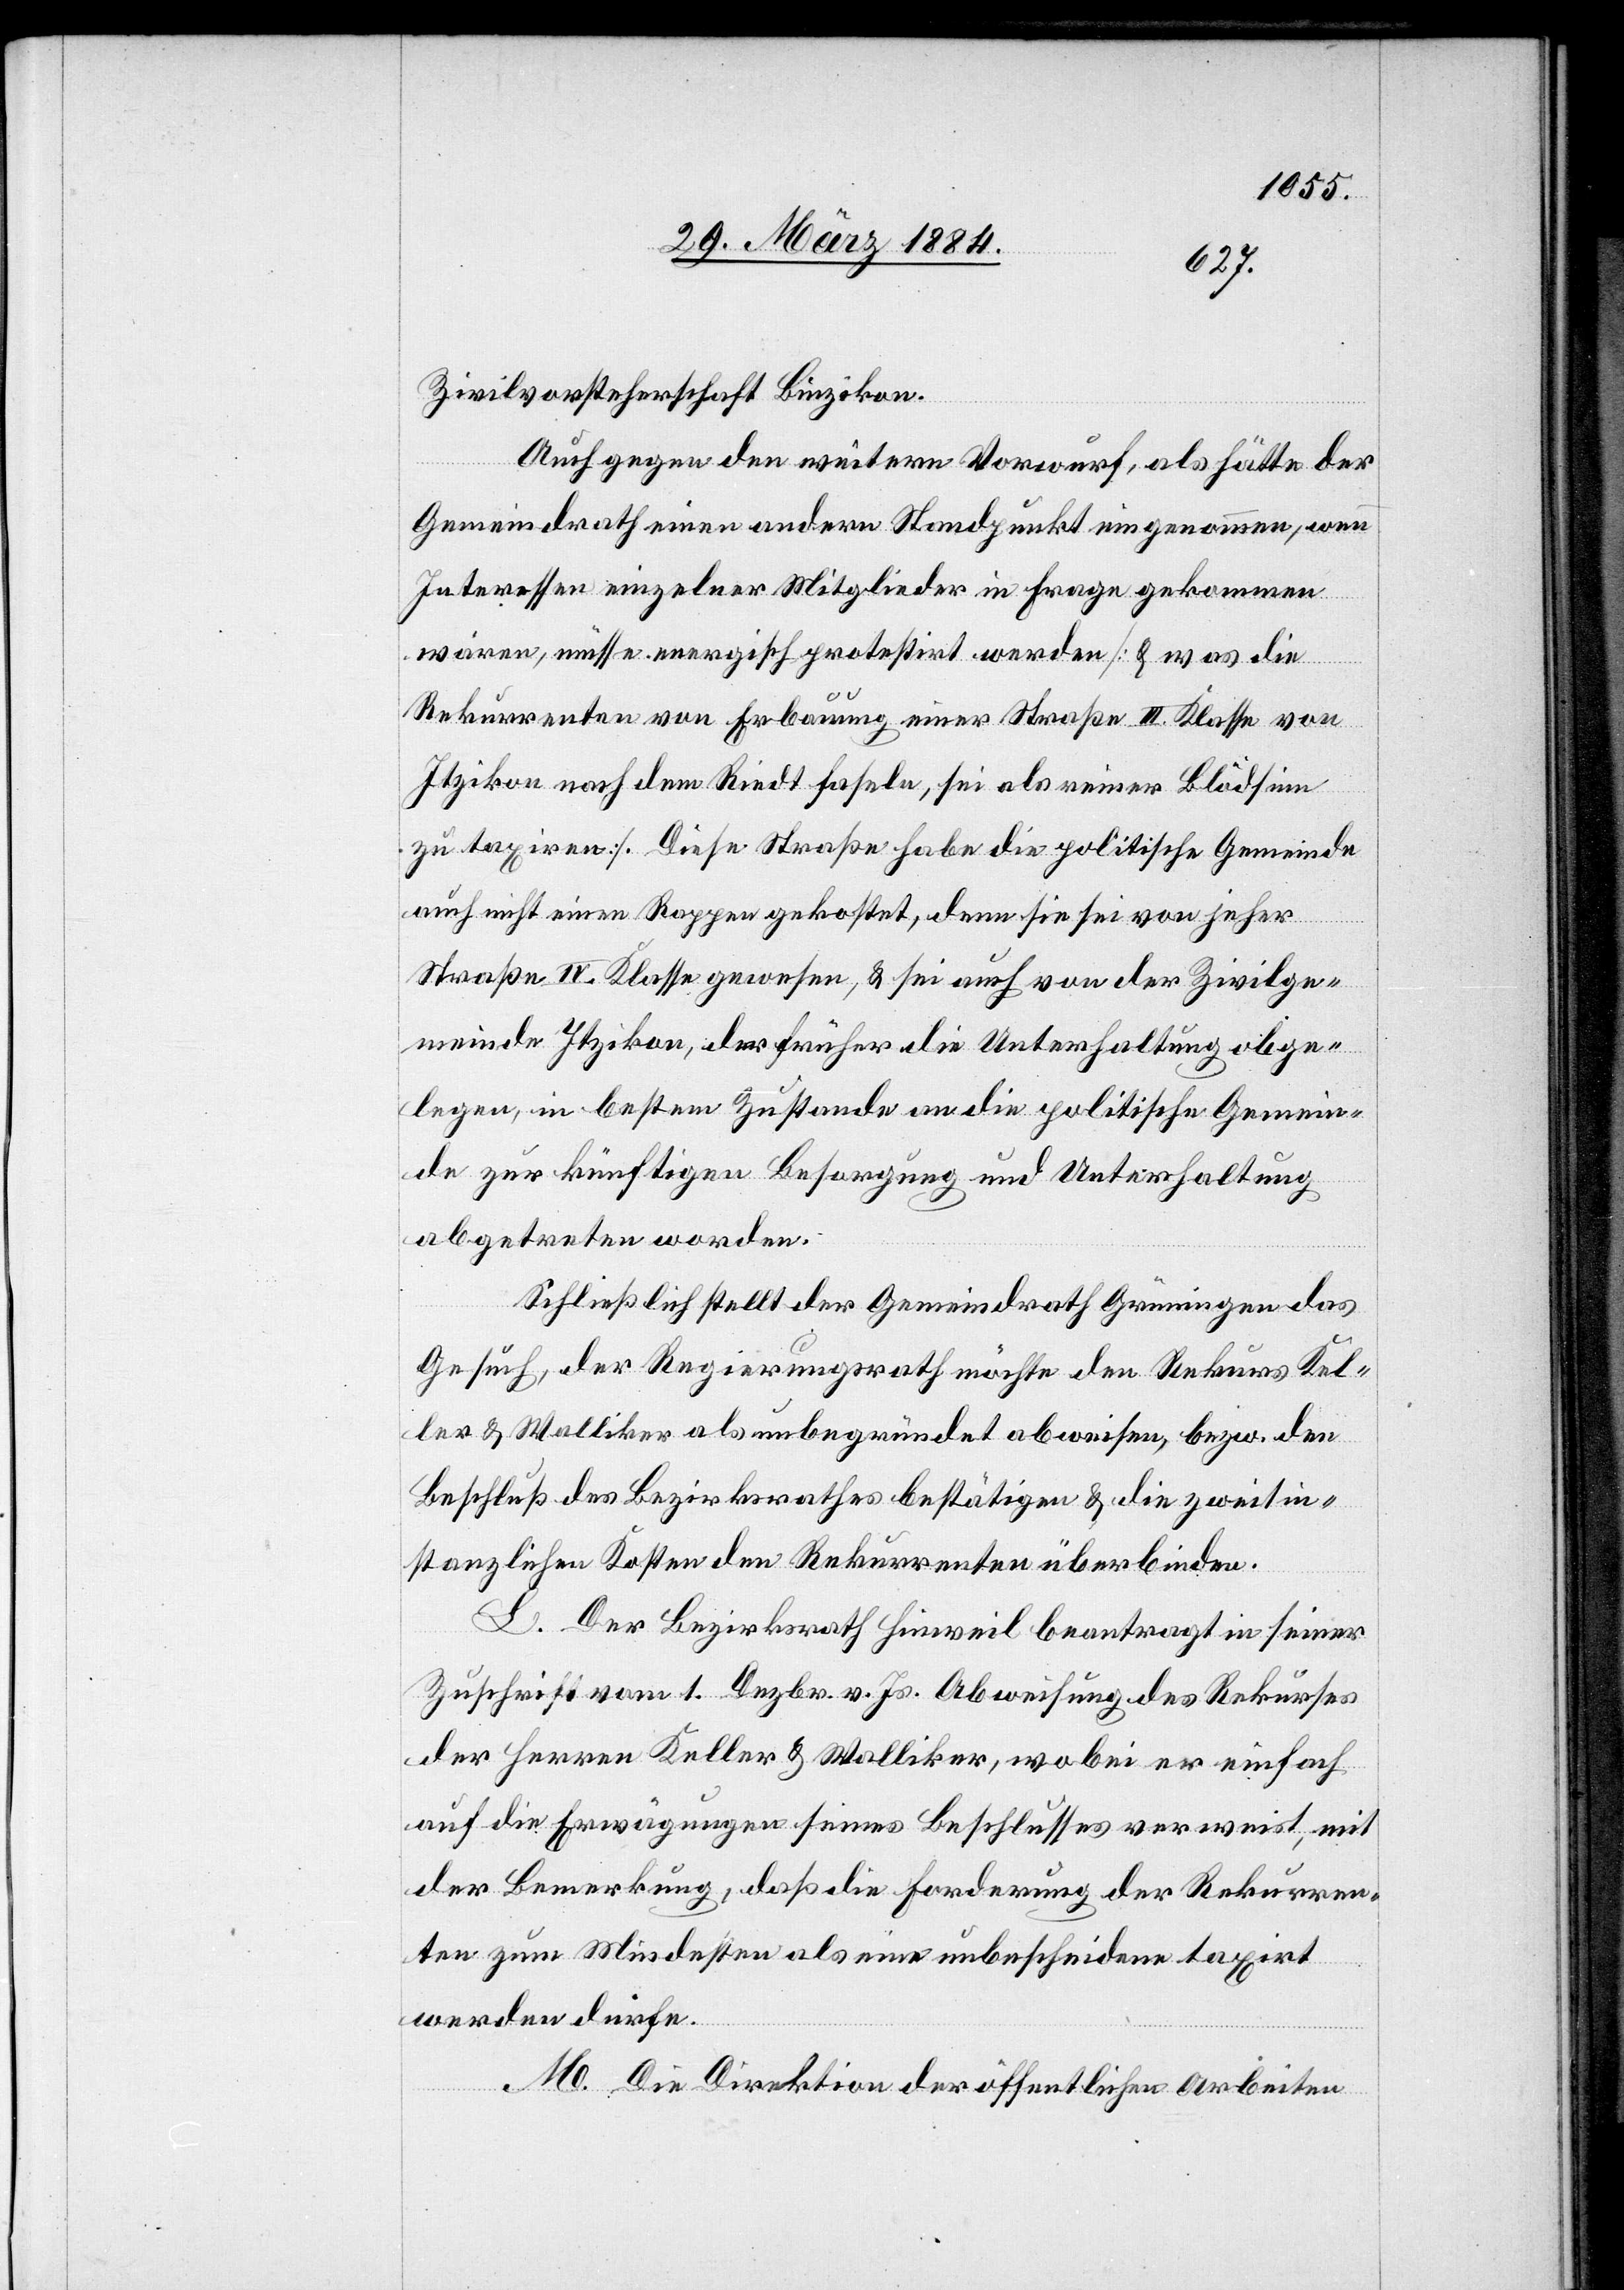
Zivilvorsteherschaft Binzikon.
Auch gegen den weitern Vorwurf, als hätte der
Gemeindrath einen andern Standpunkt eingenommen, wenn
Interesse einzelner Mitglieder in Frage gekommen
wären, müsse energisch protestirt werden [& was die
Rekurrenten von Erbauung einer Straße III. Klasse von
Itzikon nach dem Riedt fasle, sei als reiner Blödsinn
zu taxiren]. Diese Straße habe die politische Gemeinde
auch nicht einen Rappen gekostet, denn sie sei von jeher
Straße IV. Klasse gewesen, & sei auch von der Zivilge¬
meinde Itzikon, der früher die Unterhaltung obge¬
legen, in bestem Zustande an die politische Gemein¬
de zur künftigen Besorgung und Unterhaltung
abgetreten worden.
Schließlich stellt der Gemeindrath Grüningen das
Gesuch, der Regierungsrath möchte den Rekurs Kel¬
ler & Walliker als unbegründet abweisen, bzw. den
Beschluß des Bezirksrathes bestätigen & die zweitin¬
stanzlichen Kosten dem Rekurrenten überbinden.
L. Der Bezirksrath Hinweil beantragt in seiner
Zuschrift vom 1. Dezbr. v. Js. Abweisung des Rekurses
der Herren Keller & Walliker, wobei er einfach
auf die Erwägungen seines Beschlusses verweist, mit
der Bemerkung, daß die Forderung der Rekurren¬
ten zum Mindesten als eine unbescheidene taxirt
werden dürfe.
M. Die Direktion der öffentlichen Arbeiten